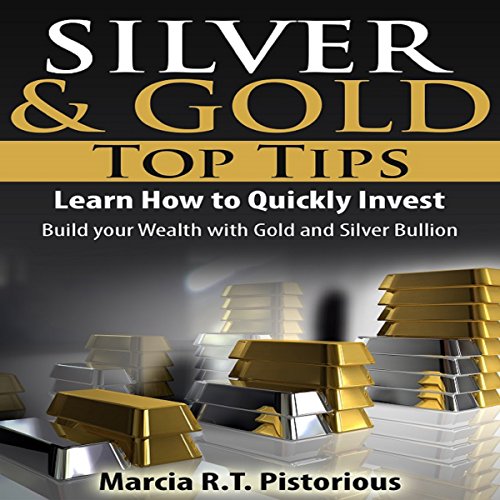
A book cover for Silver & Gold Guide Top Tips: Learn How to Quickly Invest - Build Your Wealth with Gold and Silver Bullion; Marcia R.T. Pistorious; Crafts, Hobbies & Home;